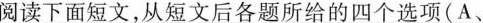
阅读下面短文,从短文后各题所给的四个选项(A、